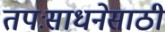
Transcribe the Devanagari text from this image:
तपःसाधनेसाठी